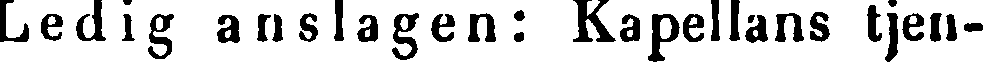
Ledig anslagen: Kapellans tjen-